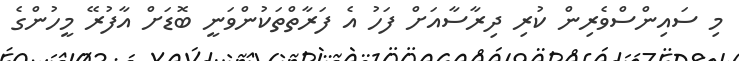
މި ސައިންސްވެރިން ކުރި ދިރާސާއަށް ފަހު އެ ފަރާތްތަކުންވަނީ ބޮޑަށް އާފުރޭ މީހުންގެ